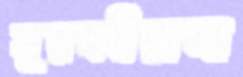
মুরব্বীয়ানা